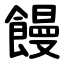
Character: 饅